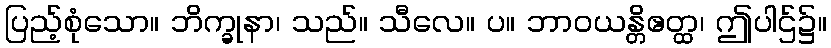
ပြည့်စုံသော။ ဘိက္ခုနာ၊ သည်။ သီလေ။ ပ။ ဘာဝယန္တိဧတ္ထ၊ ဤပါဌ်၌။